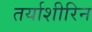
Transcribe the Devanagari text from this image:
तर्याशीरिन